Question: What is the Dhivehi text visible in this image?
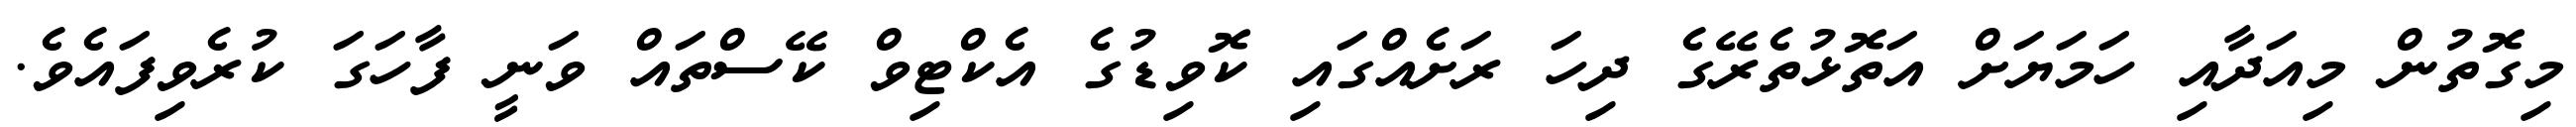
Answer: މިގޮތުން މިއަދާއި ހަމަޔަށް އަތޮޅުތެރޭގެ ދިހަ ރަށެއްގައި ކޮވިޑުގެ އެކްޓިވް ކޭސްތައް ވަނީ ފާހަގަ ކުރެވިފައެވެ.